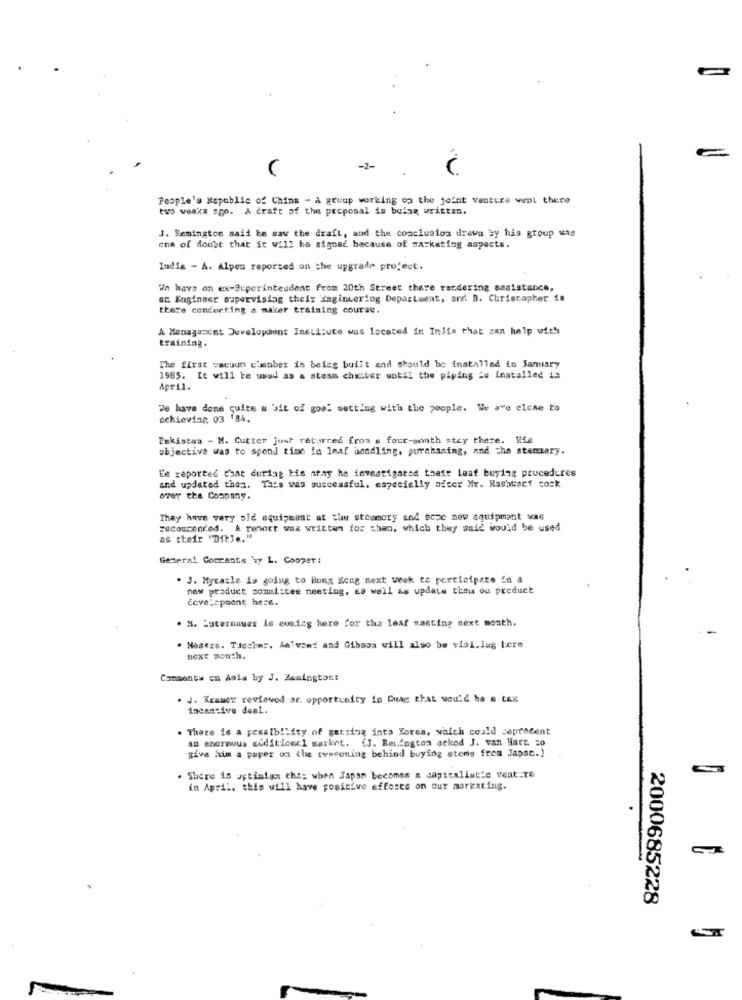
-2-
People's Republic of China - a gruup working on the joint venture weal there
two weeks ago. A draft of the proposal is belag written.
J. Remington said he saw the draft, and the conclusion drawu by his group was
one of doubt that it will be signac because of marketing aspects.
Indig - A. Alpen reported on the upgrade project.
Wh havs an ex-Superintendent from 20th Street there rendering assistance,
BE Engineer supervising their Engineering Department, and B. Christopher is
there conducting a maker training course.
A Management Development Institute was located in India that can help with
training.
The first vacuum clamber is beies built and should be installed in January
1985. It will be uwud as & steam chamber until the piping &# installed ia
April.
We have done quite a bit of goal wetting with the people. We are close to
achieving 03 184.
Pakistan - M. Cutter just returned from e four-month stay there. His
objective was to spend time in leaf handling, purchasing, and The stenary.
Ee reported that during His athy he investigated their leaf buying procedures
and updated then. This was successful, especially after Mr. Hasweet tock
over the Company.
They have very old equipment at the stosecry and sope new equipment was
seconcenred. A renart waz written ios chen, which they said would be used
as their "Dit) .. "
General Comrants Ty L. Cooper:
. J. Mycasle is going to Hong Kong next week to participate in a
new product comittee meeting, co well as update the og product
development here.
. N. Luternauer is comics here for tha lesf wasting next month.
Nosers. Tuscher, An'vand and Gibson will also be visi.iug Lere
next month.
Commenty cn Asia by J. Remington:
. J. Kramer reviewed ar. opportunity in Guag that would ha a tax
incansive desL.
. There is a possibility of getting into Korea, which could zeprocent
an enormous seditioncl market. (J. ReLington ackod J. van Hart. = 0
give him a paper on the tessoning behind buying stems from Japsc .. )
. Shere is uptimian thes when Japan becomes a capitalist'e venture
in April. this will have positive effects on our markeating.
2000685228